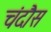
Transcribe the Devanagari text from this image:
चंदौस